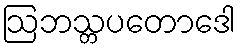
ဩဘသ္တပတောဒေါ